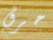
حرق